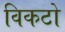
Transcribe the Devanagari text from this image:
विकटो